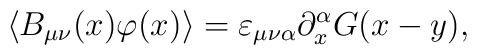
\langle B_{\mu \nu }(x)\varphi (x)\rangle =\varepsilon _{\mu \nu \alpha}\partial _x^\alpha G(x-y),